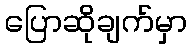
ပြောဆိုချက်မှာ